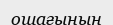
ошағынын